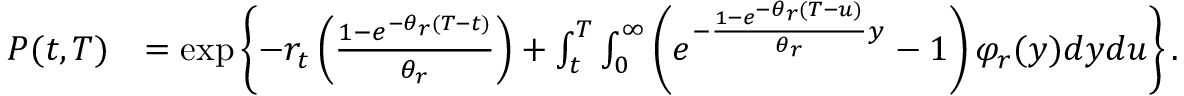
\begin{array} { r l } { P ( t , T ) } & { = \exp \left\lbrace - r _ { t } \left( \frac { 1 - e ^ { - \theta _ { r } ( T - t ) } } { \theta _ { r } } \right) + \int _ { t } ^ { T } \int _ { 0 } ^ { \infty } \left( e ^ { - \frac { 1 - e ^ { - \theta _ { r } ( T - u ) } } { \theta _ { r } } y } - 1 \right) \varphi _ { r } ( y ) d y d u \right\rbrace . } \end{array}